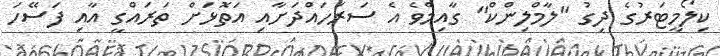
ކިލޯމީޓަރުގެ ދިގު "ލާމްލިންކް" ގާއިމްވެ އެ ސަރަހައްދަށާއި އަތޮޅަށް ތަރައްގީ އާއި ފަސޭހަ